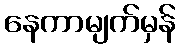
နေကာမျက်မှန်